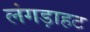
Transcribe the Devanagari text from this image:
लंगड़ाहट